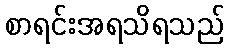
စာရင်းအရသိရသည်